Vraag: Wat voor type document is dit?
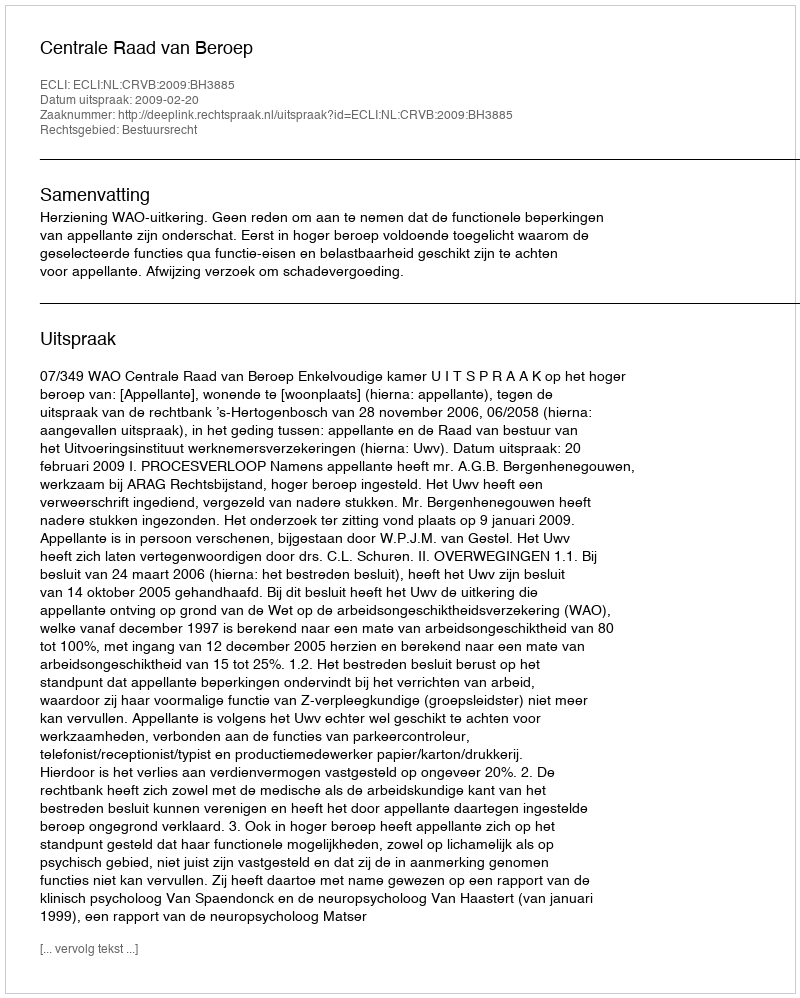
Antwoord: Uitspraak